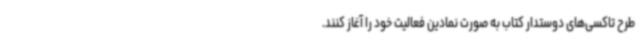
طرح تاکسی‌های دوستدار کتاب به صورت نمادین فعالیت خود را آغاز کنند.